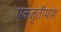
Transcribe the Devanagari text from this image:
एकतृतीयांश